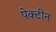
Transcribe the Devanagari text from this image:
पेक्टीन